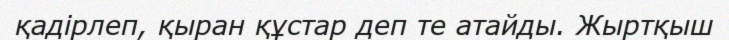
қадірлеп, қыран құстар деп те атайды. Жыртқыш